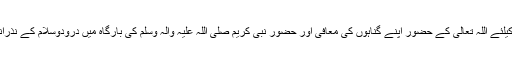
کرونا وائرس سے بچاؤ کیلئے اللہ تعالیٰ کے حضور اپنے گناہوں کی معافی اور حضور نبی کریم صلی اللہ علیہ والہ وسلم کی بارگاہ میں درودوسلام کے نذرانے پیش کرنا لازمی ہیں۔